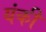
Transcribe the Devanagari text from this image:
यंकी